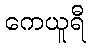
ကေယူရီ